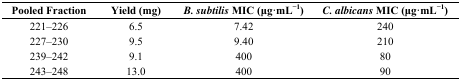
| Pooled Fraction | Yield (mg) | B. subtilis MIC (μg·mL−1) | C. albicans MIC (μg·mL−1) |
 | --- | --- | --- | --- |
 | 221–226 | 6.5 | 7.42 | 240 |
 | 227–230 | 9.5 | 9.40 | 210 |
 | 239–242 | 9.1 | 400 | 80 |
 | 243–248 | 13.0 | 400 | 90 |